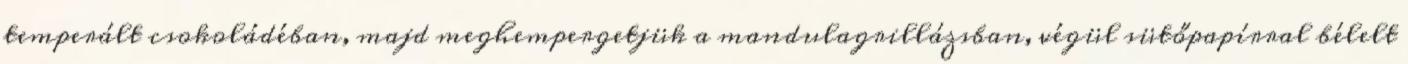
temperált csokoládéban, majd meghempergetjük a mandulagrillázsban, végül sütőpapírral bélelt